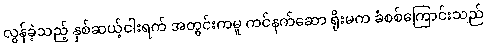
လွန်ခဲ့သည့် နှစ်ဆယ့်ငါးရက် အတွင်းကမူ ကင်နက်ဆော ရိုးမက ခံစစ်ကြောင်းသည်